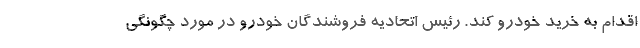
اقدام به خرید خودرو کند. رئیس اتحادیه فروشندگان خودرو در مورد چگونگی